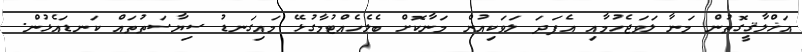
އަޚްލާޤީގޮތުން މަނާ ލަވަޖެހުމާއި އެފަދަ ލަވަކިއުން މަނާކޮށް ބެލެހެއްޓުމާގުޅޭ މައިގަނޑު ސިޔާސަތުތައް ކަނޑައެޅުން.